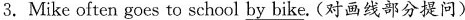
3. Mike often goes to school \underline{by bike}.（对画线部分提问)